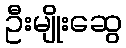
ဦးမျိုးဆွေ